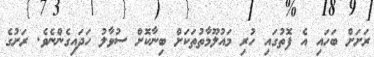
ރަށަށް ބަހައި އެ ފޮތުގައި ހުރި މައުލޫމާތުތަކަށް ބިނާކޮށް ސުވާލު ހަދައިގެންނެވެ. ރަށުގެ